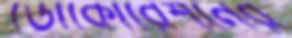
ডোকোরেশনের